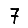
Digit: 7